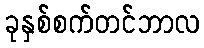
ခုနှစ်စက်တင်ဘာလ